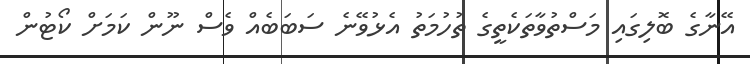
އޭނާގެ ބޮލިގައި މަސްތުވާތަކެތީގެ ތުހުމަތު އެޅުވޭނެ ސަބަބެއް ވެސް ނޫން ކަމަށް ކޯޓުން